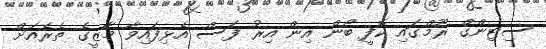
ސިޓިންގް ރޫމްގައި ކޮފީ ބޯން އިން އިރު ފަސް އެޅިފައިވާ މާޒީގެ ތެރެއަށް